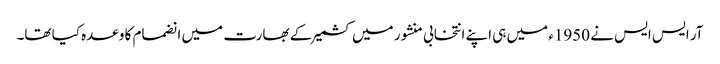
آر ایس ایس نے 1950ء میں ہی اپنے انتخابی منشور میں کشمیر کے بھارت میں انضمام کا وعدہ کیا تھا۔